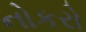
નોકરો